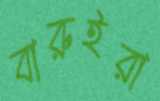
বারুইরা